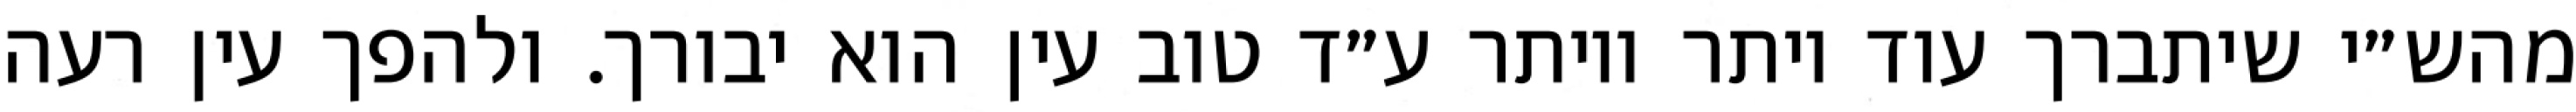
מהש״י שיתברך עוד יותר ויותר ע״ד טוב עין הוא יבורך. ולהפך עין רעה